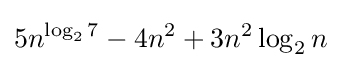
5n^{\log _{2}7}-4n^{2}+3n^{2}\log _{2}n